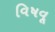
વિષવૂ